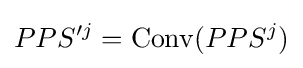
PPS'^{j}=\mathrm {Conv} (PPS^{j})